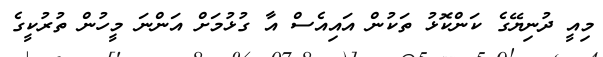
މިއީ ދުނިޔޭގެ ކަންކޮޅު ތަކުން އައިއެސް އާ ގުޅުމަށް އަންނަ މީހުން ތުރުކީގެ